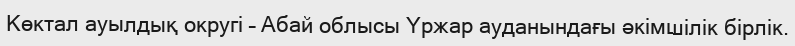
Көктал ауылдық округі – Абай облысы Үржар ауданындағы әкімшілік бірлік.